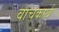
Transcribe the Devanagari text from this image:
वाचकार्थ